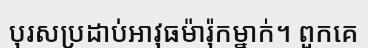
បុរសប្រដាប់អាវុធម៉ារ៉ុកម្នាក់។ ពួកគេ